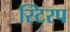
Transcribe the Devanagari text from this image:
स्टिरप